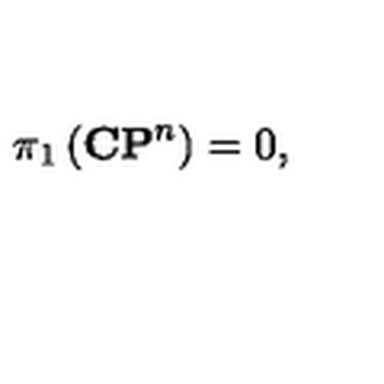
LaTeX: \pi _ { 1 } \left( { \bf C P } ^ { n } \right) = 0 ,